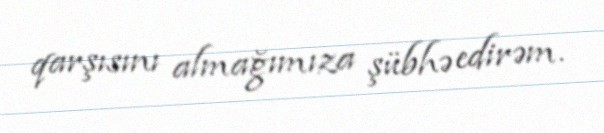
qarşısını almağımıza şübhə edirəm.